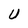
Character: U